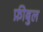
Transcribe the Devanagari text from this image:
फ़ीबुल